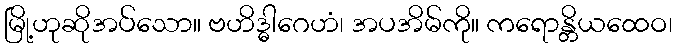
မြို့ဟုဆိုအပ်သော။ ဗဟိဒ္ဓါဂေဟံ၊ အပအိမ်ကို။ ကရောန္တိယထေဝ၊